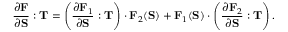
{ \frac { \partial \mathbf { F } } { \partial \mathbf { S } } } : \mathbf { T } = \left( { \frac { \partial \mathbf { F } _ { 1 } } { \partial \mathbf { S } } } : \mathbf { T } \right) \cdot \mathbf { F } _ { 2 } ( \mathbf { S } ) + \mathbf { F } _ { 1 } ( \mathbf { S } ) \cdot \left( { \frac { \partial \mathbf { F } _ { 2 } } { \partial \mathbf { S } } } : \mathbf { T } \right) .